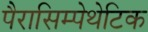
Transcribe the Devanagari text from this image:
पैरासिम्पेथेटिक